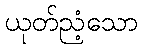
ယုတ်ညံ့သော